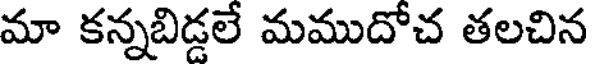
మా కన్నబిడ్డలే మముదోచ తలచిన